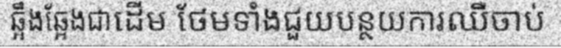
ឆ្អឹងឆ្អែងជាដើម ថែមទាំងជួយបន្ថយការឈឺចាប់